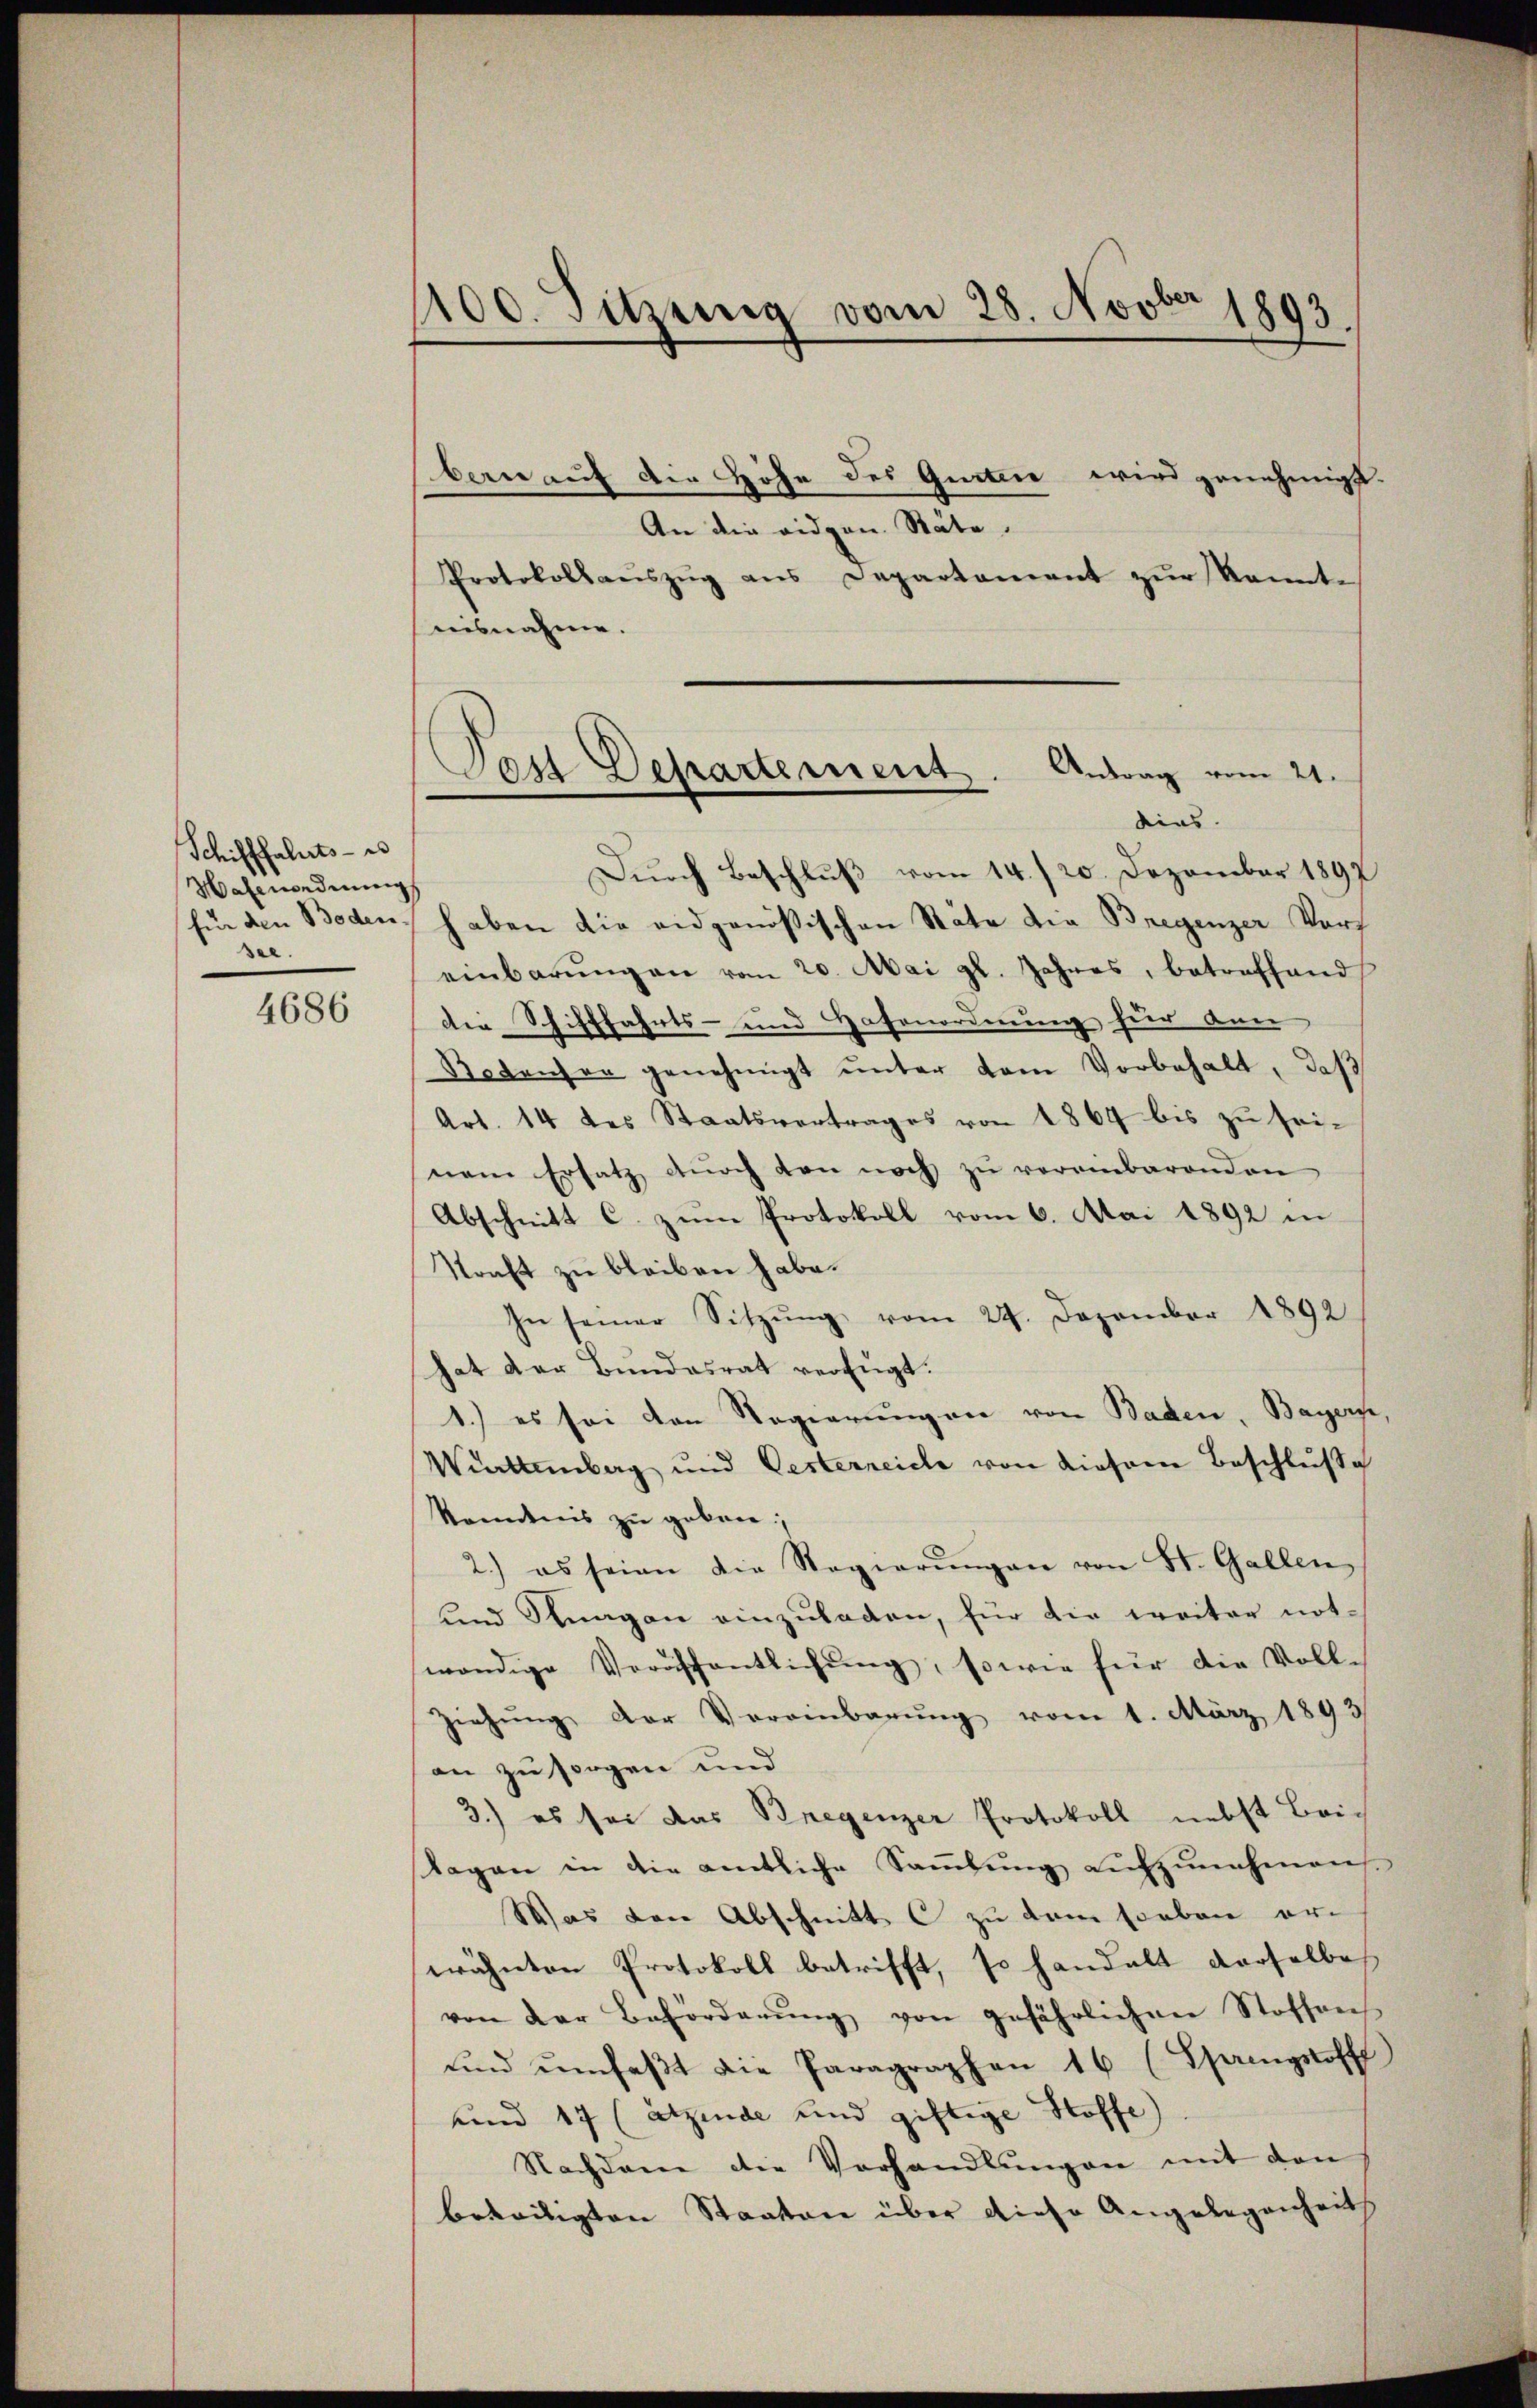
Schifffaluts - es
Hafenordnung
see.

4686

1100. Sitzung vom 28. Novber 1893.

Protokollaŭszŭg ans Departament zur konnte
nisnahme.

bern auf die Höhe des Gurten wird genehmigt.
An die eidgen. Stäte.

Tast Departement. Antrag vom 21.
dirs.

Durch Beschluß vom 14./20. Dezember 1897
für den Beden, haben die eidgenößischen Stäte die Bregenzer Vors
einbarŭngen vom 20. Mai gl. Jahres, betreffend
die Schifffahrts- und Hafenordnung für ann
Bodenser genehmigt unter dem Vorbehalt, daß
Art. 14 des Staatsvertrages von 1864 bis zu seinem Ersatz durch von noch zu vereinbarenden
Abschnitt C. zum Protokoll vom 6. Mai 1892 in
Straft zu bleiben habe.
In seiner Sitzŭng vom 24. Dezember 1892
hat der Bundesrat verfügt.
1.) es sei den Regierungen von Baden, Bayers,
Wattenberg und Gesterreiche von diesem Beschluße
kenntnis zu geben
2.) es seien die Regierŭngen von St. Gallen,
und Stragen einzuladen, für die weiter notwendige Veröffentlichŭng, sowie für die Voll-
Ziehŭng der Vereinbarung vom 1. März 1893
an zu sorgen und
3.) es sei das Bregenzer Protokoll nebst Bei-
Tagen in die amtliche Saṁlŭng Lŭfzŭnehmen.
Was den Abschnitt zu dem soeben er-
wähnten Protokoll betrifft, so handelt derselbe
von der Beförderŭng von gefährlichen Stoffen
ŭnd ŭmfaβt die Paragraphen 16 (Spargsoff
und 17 (ätzende und giftige Stoffe)
Nachdem die Vorhandlŭngen mit den
beteiligten Staaten über diese Angelegenheits